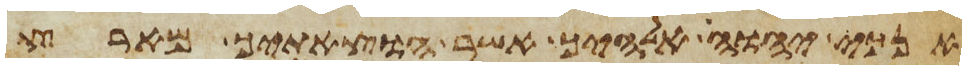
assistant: אנכי יהוה אלהיך אשר הוצאתיך מארץ